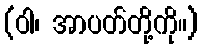
(ဝါ၊ အာပတ်တို့ကို။)